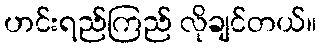
ဟင်းရည်ကြည် လိုချင်တယ်။